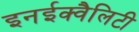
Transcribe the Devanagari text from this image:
इनईक्वैलिटी